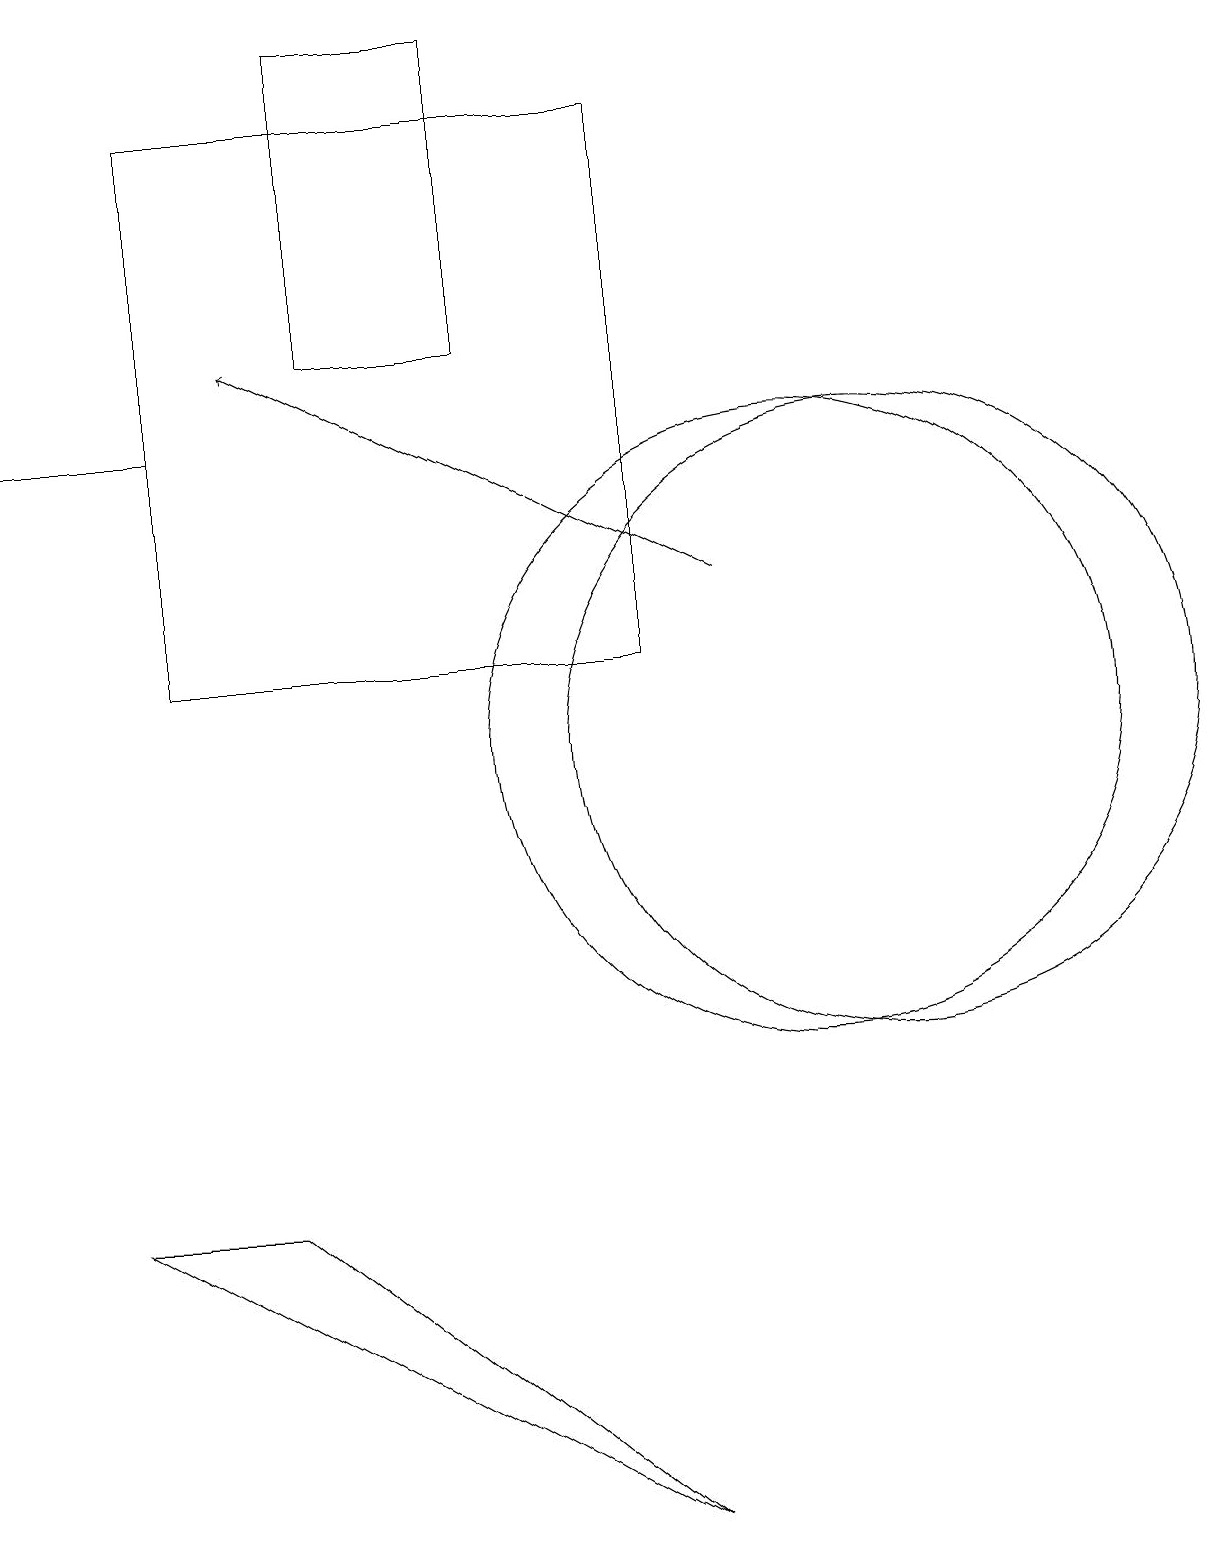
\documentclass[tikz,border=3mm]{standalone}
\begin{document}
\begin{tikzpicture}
\draw (4,19) rectangle (6,15);
\draw (10,10) circle (4);
\draw[->] (9,12) -- (3,15);
\draw (2,14) rectangle (0,14);
\draw (2,11) rectangle (8,18);
\draw (3,4) -- (8,0) -- (1,4) -- cycle;
\draw (11,10) circle (4);
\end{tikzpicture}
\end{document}